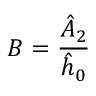
B = \frac { \hat { A } _ { 2 } } { \hat { h } _ { 0 } }